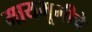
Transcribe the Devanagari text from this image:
मायभूमीचे